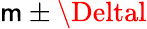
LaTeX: \mathsf{m}\pm\Deltal